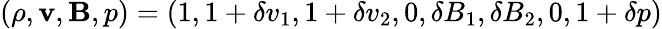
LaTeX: (\rho,\mathbf{v},\mathbf{B},p)=(1,1+\delta v_{1},1+\delta v_{2},0,\delta B_{1},\delta B_{2},0,1+\delta p)